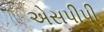
એસપીપી